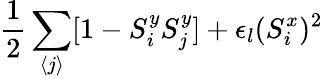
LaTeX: \frac{1}{2}\sum_{\langle j\rangle}[1-S_{i}^{y}S_{j}^{y}]+\epsilon_{l}(S_{i}^{x})^{2}